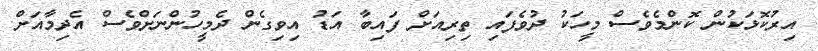
އިރުކޮޅަކުން ކޮންމެވެސް މީހަކު ދުވެފައި ތިރިއަށް ފައިބާ އަޑު އިވިގެން ދެމީހުންނަށްވެސް އެދިމާއަށް